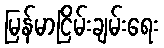
မြန်မာငြိမ်းချမ်းရေး